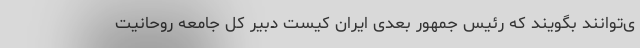
ی‌توانند بگویند که رئیس جمهور بعدی ایران کیست دبیر کل جامعه روحانیت